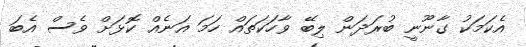
އެކަމަކު ގާނޫނީ ބުރަދަން ލިބޭ ވާހަކަތައް ހަމަ އަނެއް ކޮޅަށް ވެސް އެބަ